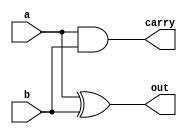
module half_adder(a,b,out,carry);
input a,b;
output out,carry;
assign out=a^b;
assign carry=a&b;
endmodule